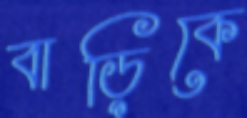
বাড়িকে